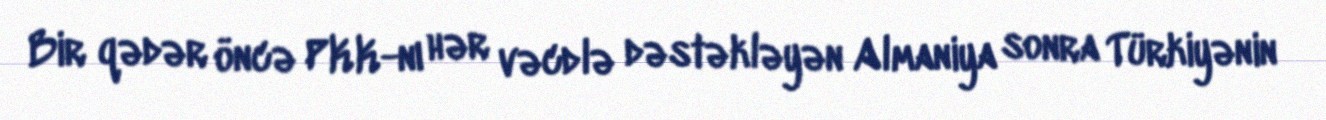
Bir qədər öncə PKK-nı hər vəcdlə dəstəkləyən Almaniya sonra Türkiyənin